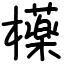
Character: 𣟿